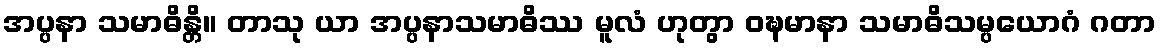
အပ္ပနာ သမာဓိန္တိ။ တာသု ယာ အပ္ပနာသမာဓိဿ မူလံ ဟုတွာ ဝဍ္ဎမာနာ သမာဓိသမ္ပယောဂံ ဂတာ